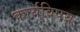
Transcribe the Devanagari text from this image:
कार्यविषय